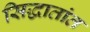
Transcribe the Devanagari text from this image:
सिद्धातांत